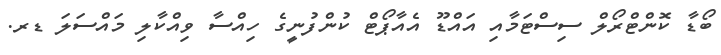
ބޯޑާ ކޮންޓްރޯލް ސިސްޓަމާއި އައްޑޫ އެއާޕޯޓް ކުންފުނީގެ ހިއްސާ ވިއްކާލި މައްސަލަ ޑރ.